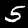
Digit: 5